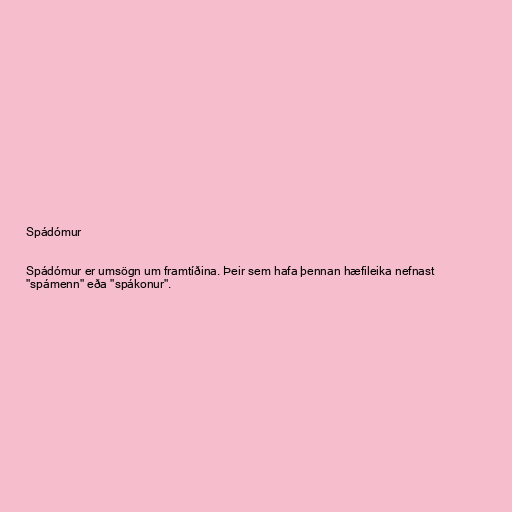
Spádómur

Spádómur er umsögn um framtíðina. Þeir sem hafa þennan hæfileika nefnast
"spámenn" eða "spákonur".